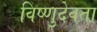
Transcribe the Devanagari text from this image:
विष्णुदेवता